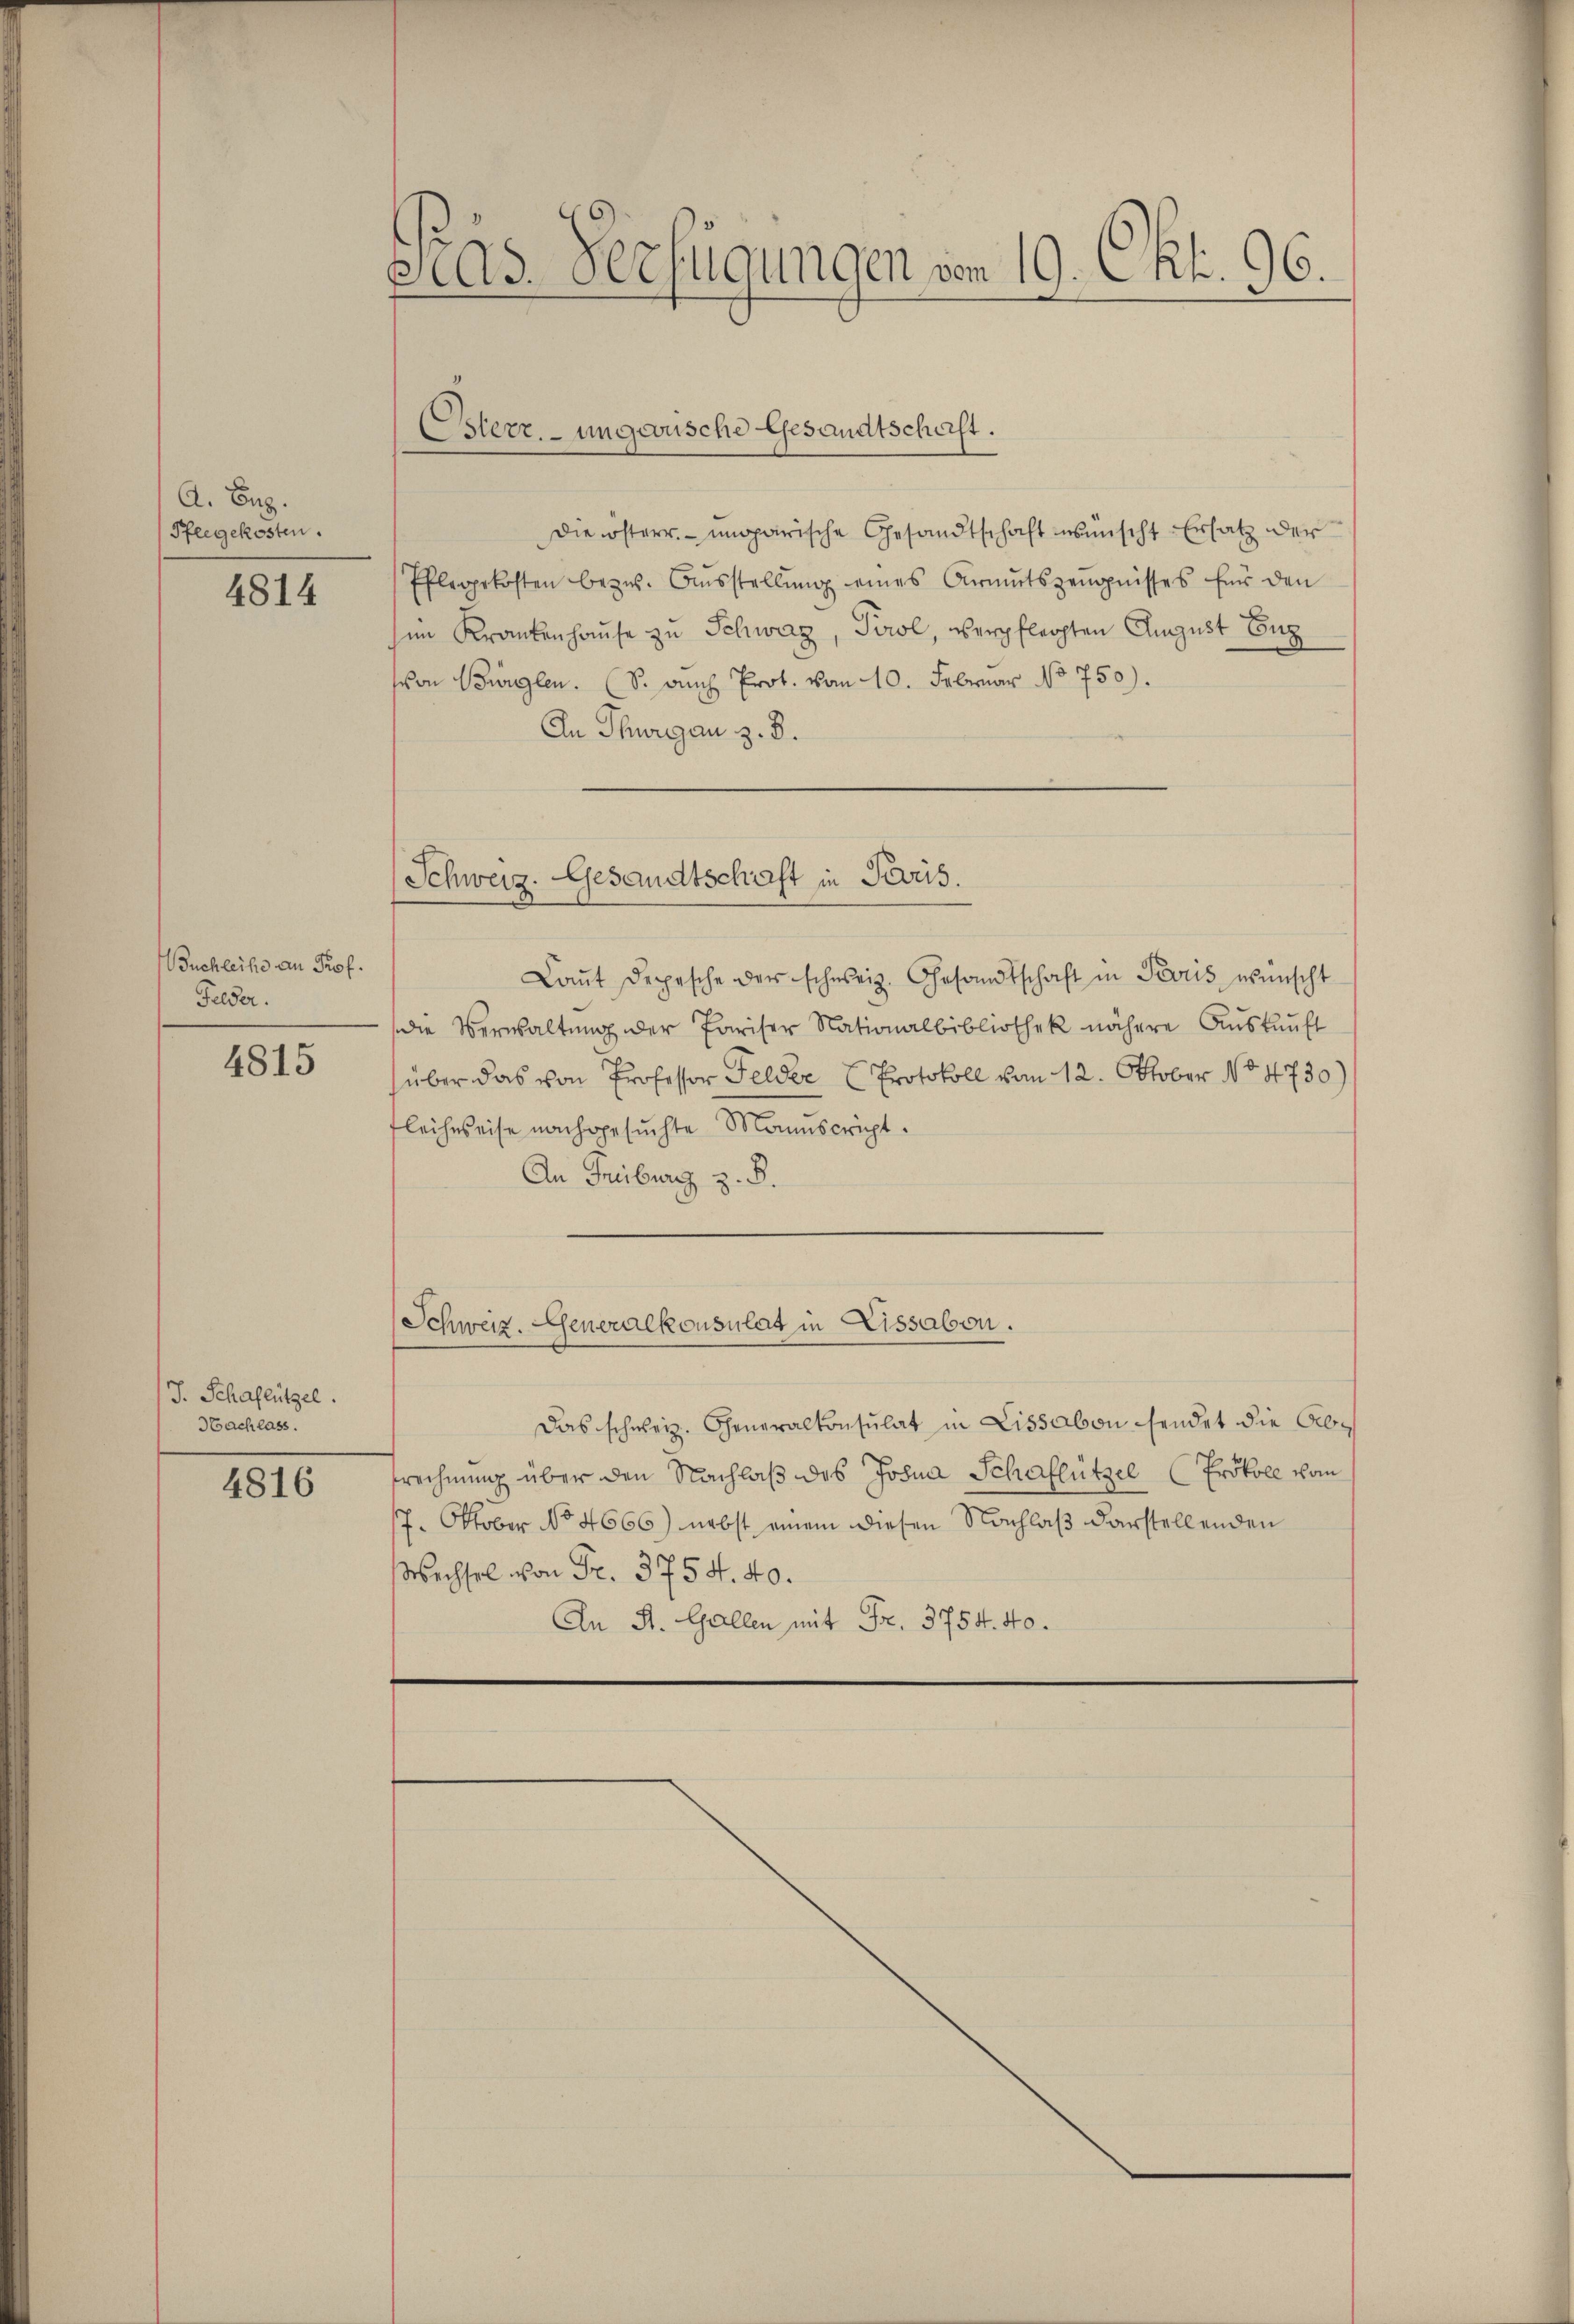
A. Bez.
Pflegekosten.

4814

Buchleihe an Prof.
Felder.

4815

J. Schaflützel.
Hachlass.

4816

Pras Verfügungen vom 19. Okt. 96.

Osterr. ungewische Gesandtschaft.

die österr. ungarische Gesandtschaft wünscht Ersatz der
Pflegekosten bezw. Aŭsstellŭng eines Armutszeŭgnisses für den
sin Krankenhause zu Schweiz, Tirol, verpflegten August Eug
von Bürglen. (S. auch Prot. vom 10. Februar No 750).
An Thurgau, z. B.
Schweiz. Gesandtschaft in Paris.
Laŭt Depesche der schweiz. Gesandtschaft in Paris wünscht
die Verwaltung der Pariser Nationalbibliothek nähere Aŭskŭnft
über das von Professor Felder Protokoll vom 12. Oktober No 4730)
Fleichweise nachgesuchte Manuscript
An Freiburg z. B.

Schweiz. Generalkonsulat in Lissabon.

Das schweiz. Generalkonsulat in Lissabon sendet die Abfrechnung über den Nachlaß des Johna Schaflützel (Prokoll vom
17. Oktober No 4666) nebst einem diesen Nachlaß darstellenden
Wechsel von Fr. 3754. 40.
An St. Gallen mit Fr. 3754. 40.